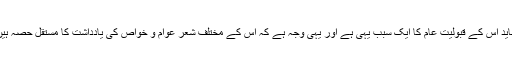
شاید اس کے قبولیتِ عام کا ایک سبب یہی ہے اور یہی وجہ ہے کہ اس کے مختلف شعر عوام و خواص کی یادداشت کا مستقل حصہ ہیں۔